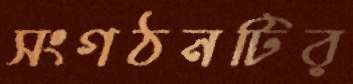
সংগঠনটির